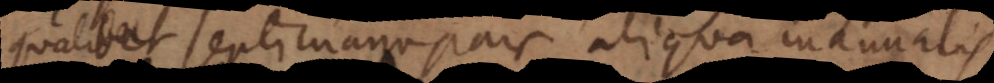
Qualibet septimana pars aliqua manualis.